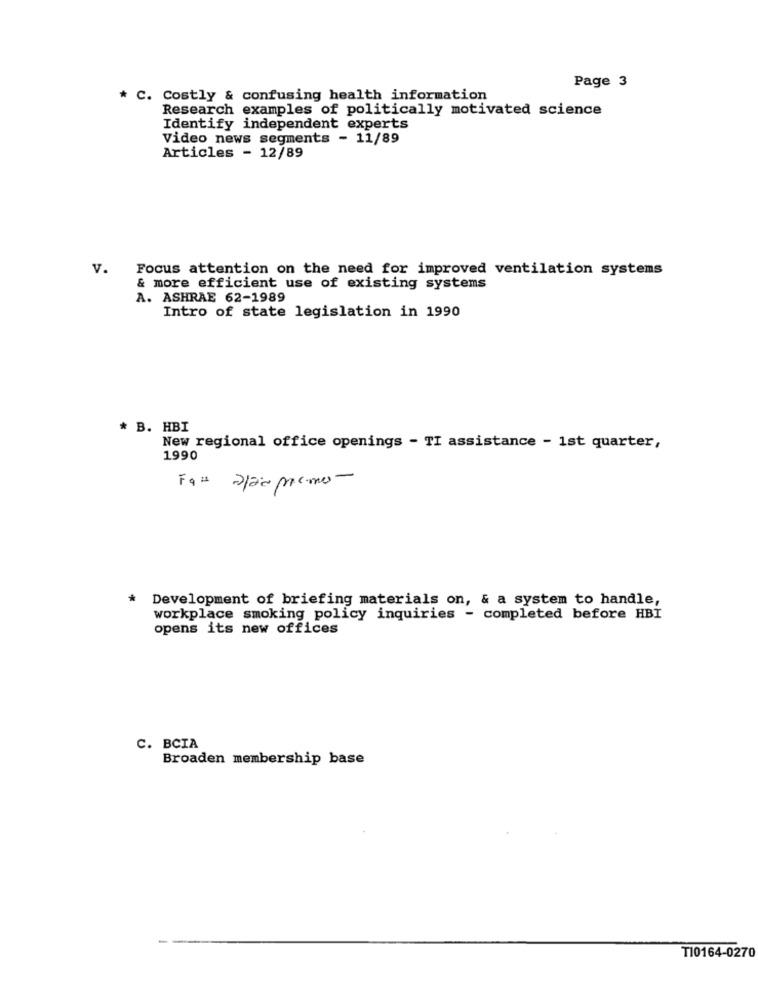
Page 3
* C. Costly & confusing health information
Research examples of politically motivated science
Identify independent experts
Video news segments - 11/89
Articles - 12/89
v.
Focus attention on the need for improved ventilation systems
& more efficient use of existing systems
A. ASHRAE 62-1989
Intro of state legislation in 1990
* B. HBI
New regional office openings - TI assistance - 1st quarter,
1990
*
Development of briefing materials on, & a system to handle,
workplace smoking policy inquiries - completed before HBI
opens its new offices
C. BCIA
Broaden membership base
T10164-0270